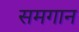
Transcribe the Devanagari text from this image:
समगान